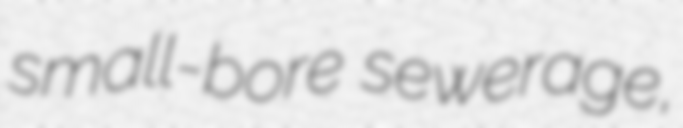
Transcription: small-bore sewerage,